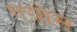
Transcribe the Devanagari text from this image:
एयोस